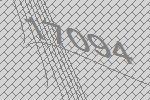
17094